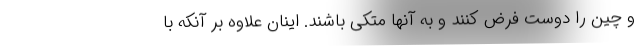
و چین را دوست فرض کنند و به آنها متکی باشند. اینان علاوه بر آنکه با